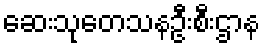
ဆေးသုတေသနဦးစီးဌာန